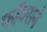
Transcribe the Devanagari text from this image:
फॉक्सने